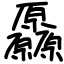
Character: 厵